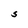
Character: S